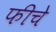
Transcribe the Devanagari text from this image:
फीचे